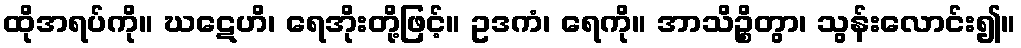
ထိုအရပ်ကို။ ဃဋေဟိ၊ ရေအိုးတို့ဖြင့်။ ဥဒကံ၊ ရေကို။ အာသိဉ္စိတွာ၊ သွန်းလောင်း၍။